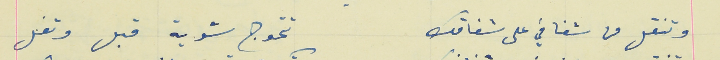
وتنقل من شفافي على شفافك                                  تتحوج شوية قبل وتفل